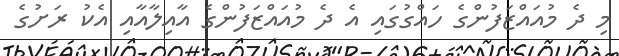
މި ދެ މުއައްޒަފުންގެ ހައްގުގައި އެ ދެ މުއައްޒަފުންގެ އާއިލާއާއި އެކު ރަށުގެ